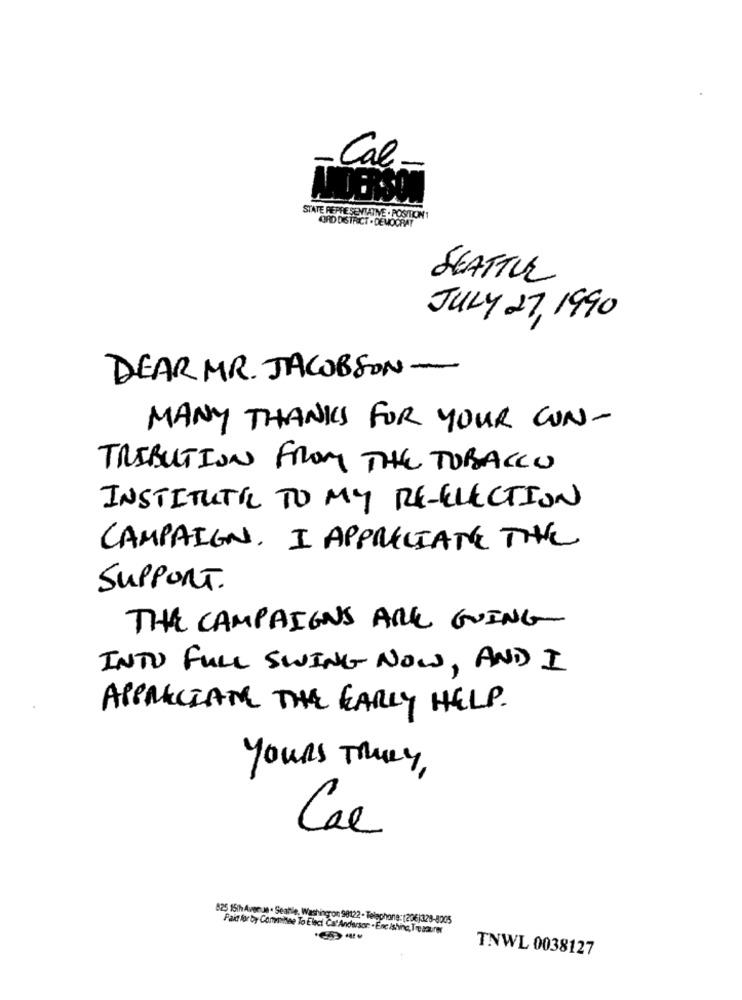
Cal-
STATE REPRESENTATIVE . POSITION1
ORD DISTRICT . DEMOCRAT
SEATTUL
JULY 27, 1990
DEAR MR. JACOBSON-
MANY THANKS FOR YOUR CON-
TRIBUTION FROM THE TOBACCO
INSTITUTIL TO MY RE-ELECTION
CAMPAIGN. I APPRECIATE THE
SUPPORT.
THE CAMPAIGNS ARE GOING
INTO FULL SWING NOW, AND I
APPRECIATE THE EARLY HELP.
yours TRULY,
Cae
825 15th Avenue . Seattle, Washington 98122 - Telephone:(206)328-8005
Paid for by Consisee To Eleci Cat Andersor: . Enc /shine, Treasurer
TNWL 0038127